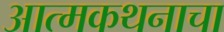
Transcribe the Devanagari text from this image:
आत्मकथनाचा